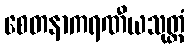
စေတနာကရဏီယသုတ္တံ